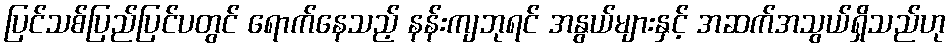
ပြင်သစ်ပြည်ပြင်ပတွင် ရောက်နေသည့် နန်းကျဘုရင် အနွယ်များနှင့် အဆက်အသွယ်ရှိသည်ဟု